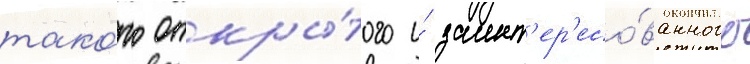
тако́го откры́того и́ заинт'ер'есо́ванного